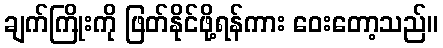
ချက်ကြိုးကို ဖြတ်နိုင်ဖို့ရန်ကား ဝေးတော့သည်။